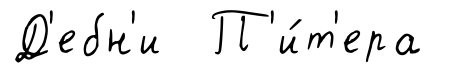
Д'ебн'и П'и́т'ера